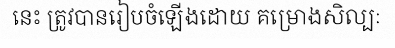
នេះ ត្រូវបានរៀបចំឡើងដោយ គម្រោងសិល្បៈ